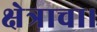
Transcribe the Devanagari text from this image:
क्षेत्राचा।